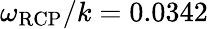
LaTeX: \omega_{\mathrm{RCP}}/k=0.0342